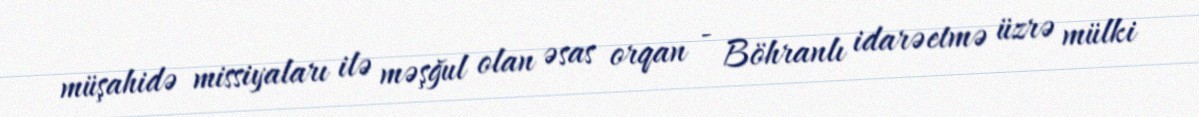
müşahidə missiyaları ilə məşğul olan əsas orqan - Böhranlı idarəetmə üzrə mülki